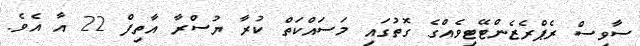
ސާވިސް ރެޕްރެޒެންޓޭޓިވެއްގެ ގޮތުގައި މަސައްކަތް ކުރާ ޔުސްރާ އާތިފް 22 އާ އެވެ.